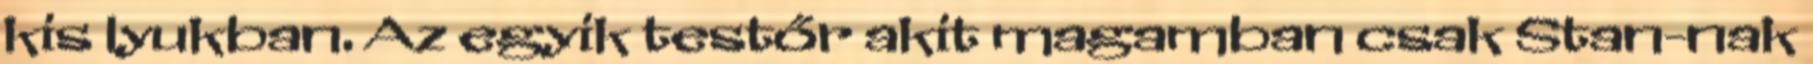
kis lyukban. Az egyik testőr akit magamban csak Stan-nak